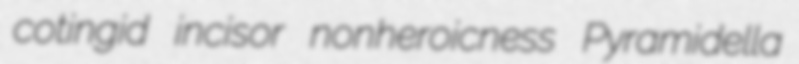
cotingid incisor nonheroicness Pyramidella